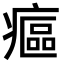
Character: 𤹪